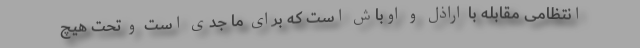
انتظامی مقابله با اراذل و اوباش است که برای ما جدی است و تحت هیچ